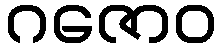
ဂဇောဝ